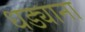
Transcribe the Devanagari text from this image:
धड्याना